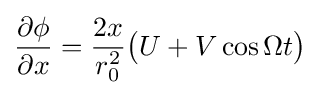
{\frac {\partial \phi }{\partial x}}={\frac {2x}{r_{0}^{2}}}{\big (}U+V\cos \Omega t{\big )}